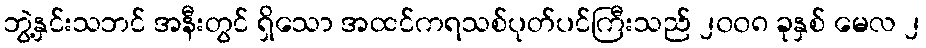
ဘွဲ့နှင်းသဘင် အနီးတွင် ရှိသော အထင်ကရသစ်ပုတ်ပင်ကြီးသည် ၂၀၀၈ ခုနှစ် မေလ ၂